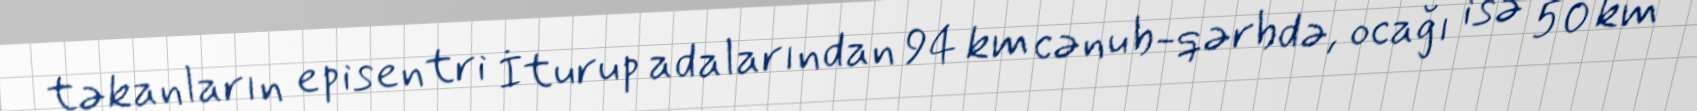
təkanların episentri İturup adalarından 94 km cənub-qərbdə, ocağı isə 50 km